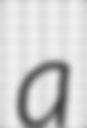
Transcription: a